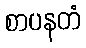
စာပနတံ